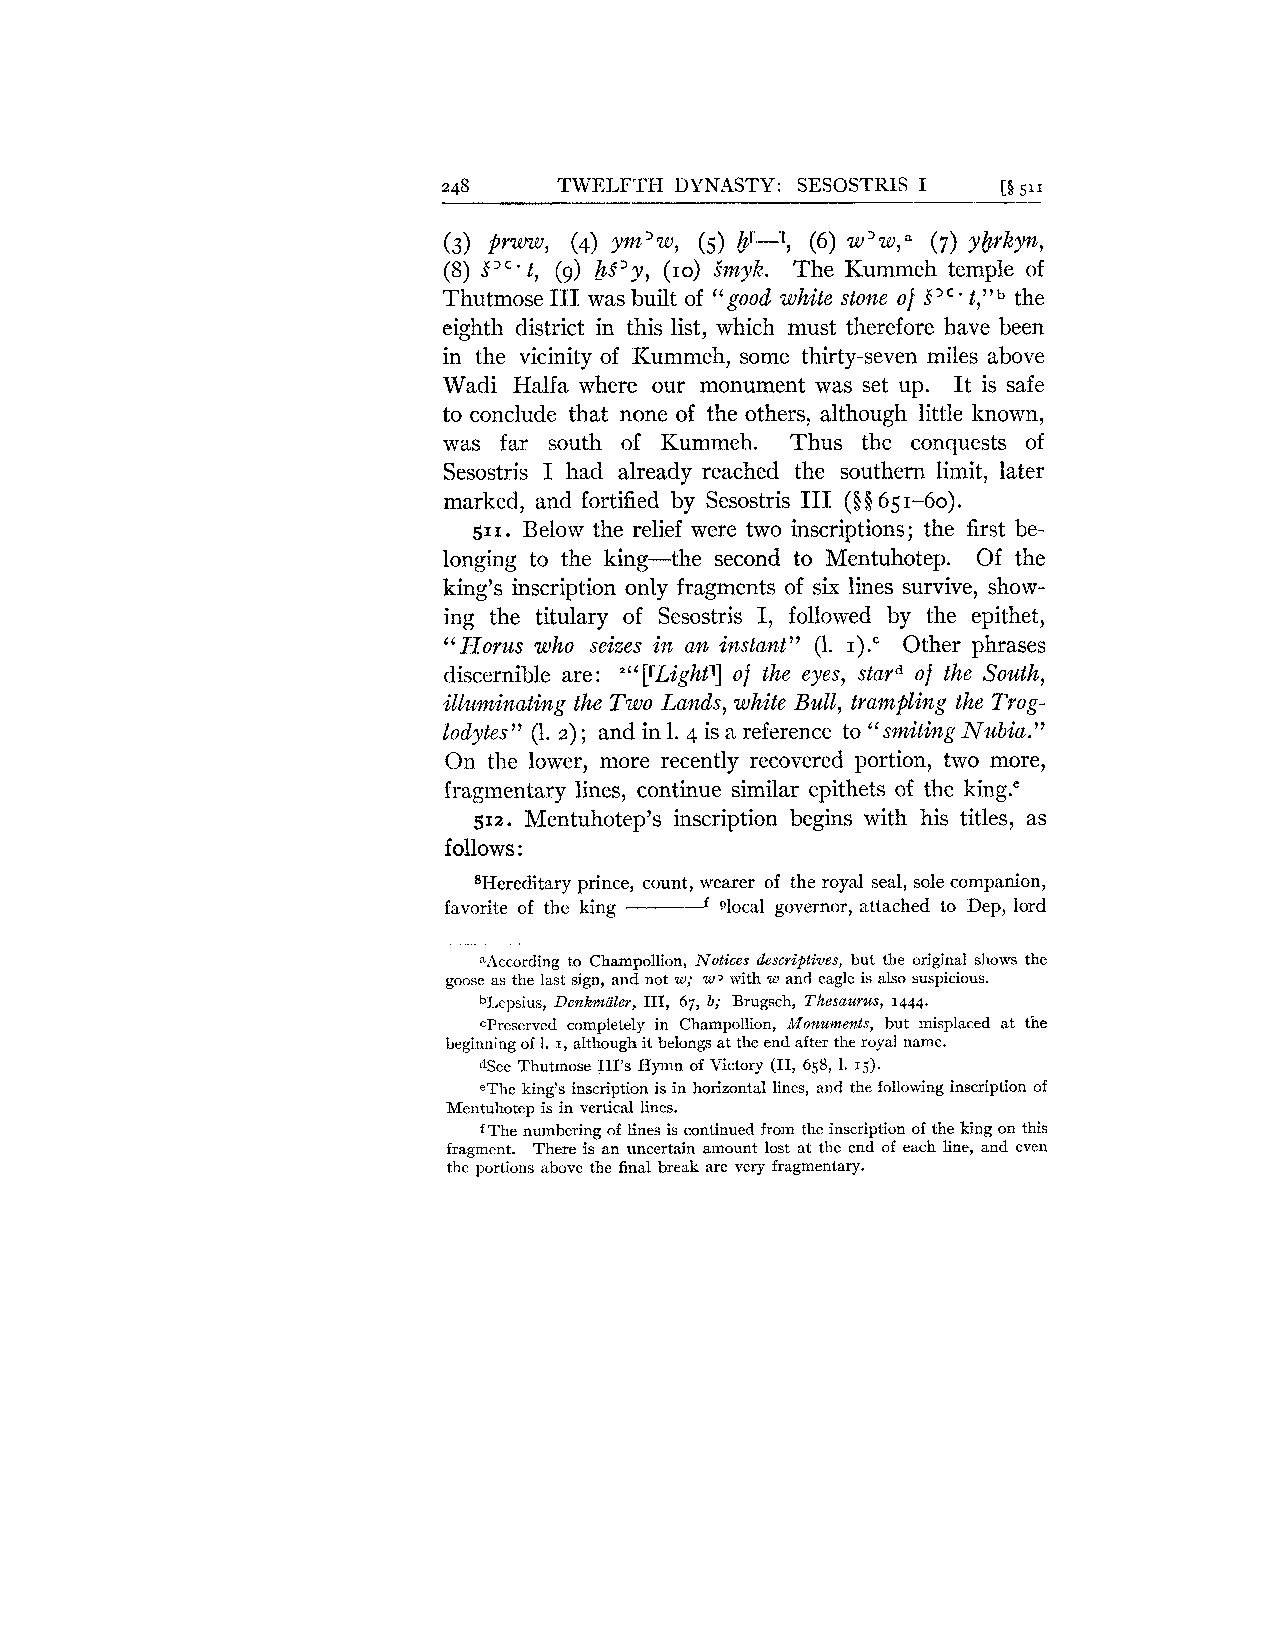
248     TWELFTH DYNASTY: SESOSTRIS I [8 5"
 (3) Prww, (4) ym'w, (5) br-l7 (6) ~ ' w (,7)~ Y ~Y~Y?Z,
 (8) S t, (9) &S3y, (10) SmyK. The Kummeh temple of
 ' C '
 Thutmose 111: was built of "good white stone of S". t,"b the
 eighth district in this list, which must therefore have been
 in the vicinity of Kummeh, some thirty-seven miles above
 Wadi Halfa where our monument was set up. It is safe
 to conclude that none of the others, although little known,
 was far south of Kummeh. Thus the conquests of
 Sesostris I had already reached the southern limit, later
 marked, and fortified by Sesostris I11 ($$6 51-60).
 511. Below the relief were two inscriptions; the first be-
 longing to the king-the second to Mentuhotep. Of the
 king's inscription only fragments of six lines survive, show-
 ing the titulary of Sesostris I, followed by the epithet,
 Horus who seizes in an instant" (1. I)." Other phrases
 "
 discernible are: 2"[rLightl] of the eyes, stard of the South,
 illuminating the Two Lands, white Bull, trampling the Trog-
 lodytes" (1. 2) ; and in 1. 4 is a reference to "smiting Nubia."
 On the lower, more recently recovered portion, two more,
 fragmentary lines, continue similar epithets of the king."
 512. Mentuhotep's inscription begins with his titles, as
 follows :
 8Ilereditary prince, count, wearer of the royal seal, sole companion,
 favorite of the king 9local governor, attached to Dep, lord
 P----~
 %Accordingt o Champollion, Notices descriptives, but the original shows the
 goose as the last sign, and not w; WJ with w and eagle is also suspicious.
 blepsius, Denkmaler, 111, 67, b; Brugsch, Thesaurus, 1444.
 ~Preservcdc ompletely in Champollion, Monuments, but misplaced at the
 beginning of 1. I, although it belongs at the end after the royal name.
 dSee Thutmose 111's Hymn of Victory (11, 658, 1. 15).
 eThe king's inscription is in horizontal lines, and the following inscription of
 Mentuhotep is in vertical lines.
 The numbering of lines is continued from the inscription of the king on this
 f
 fragment. There is an uncertain amount lost at the end of each line, and even
 the portions above the final break are very fragmentary.